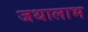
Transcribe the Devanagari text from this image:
जथालाभ